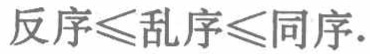
反序$\leqslant$乱序$\leqslant$同序.